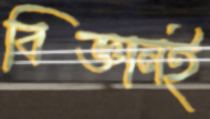
বিজ্ঞানই